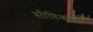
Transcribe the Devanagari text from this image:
सौप्तिकपर्व